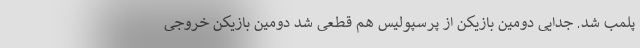
پلمب شد. جدایی دومین بازیکن از پرسپولیس هم قطعی شد دومین بازیکن خروجی